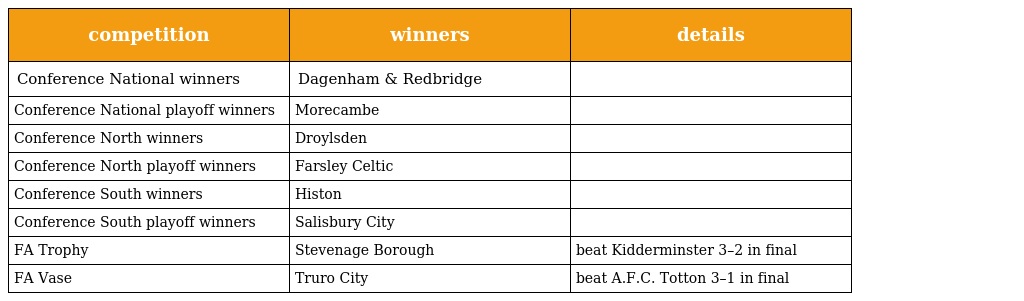
| competition | winners | details |
 | --- | --- | --- |
 | Conference National winners | Dagenham & Redbridge |  |
 | Conference National playoff winners | Morecambe |  |
 | Conference North winners | Droylsden |  |
 | Conference North playoff winners | Farsley Celtic |  |
 | Conference South winners | Histon |  |
 | Conference South playoff winners | Salisbury City |  |
 | FA Trophy | Stevenage Borough | beat Kidderminster 3–2 in final |
 | FA Vase | Truro City | beat A.F.C. Totton 3–1 in final |